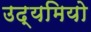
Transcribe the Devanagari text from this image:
उद्यमियो